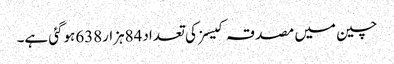
چین میں مصدقہ کیسز کی تعداد84ہزار638ہوگئی ہے۔